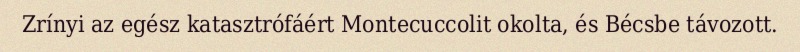
Zrínyi az egész katasztrófáért Montecuccolit okolta, és Bécsbe távozott.